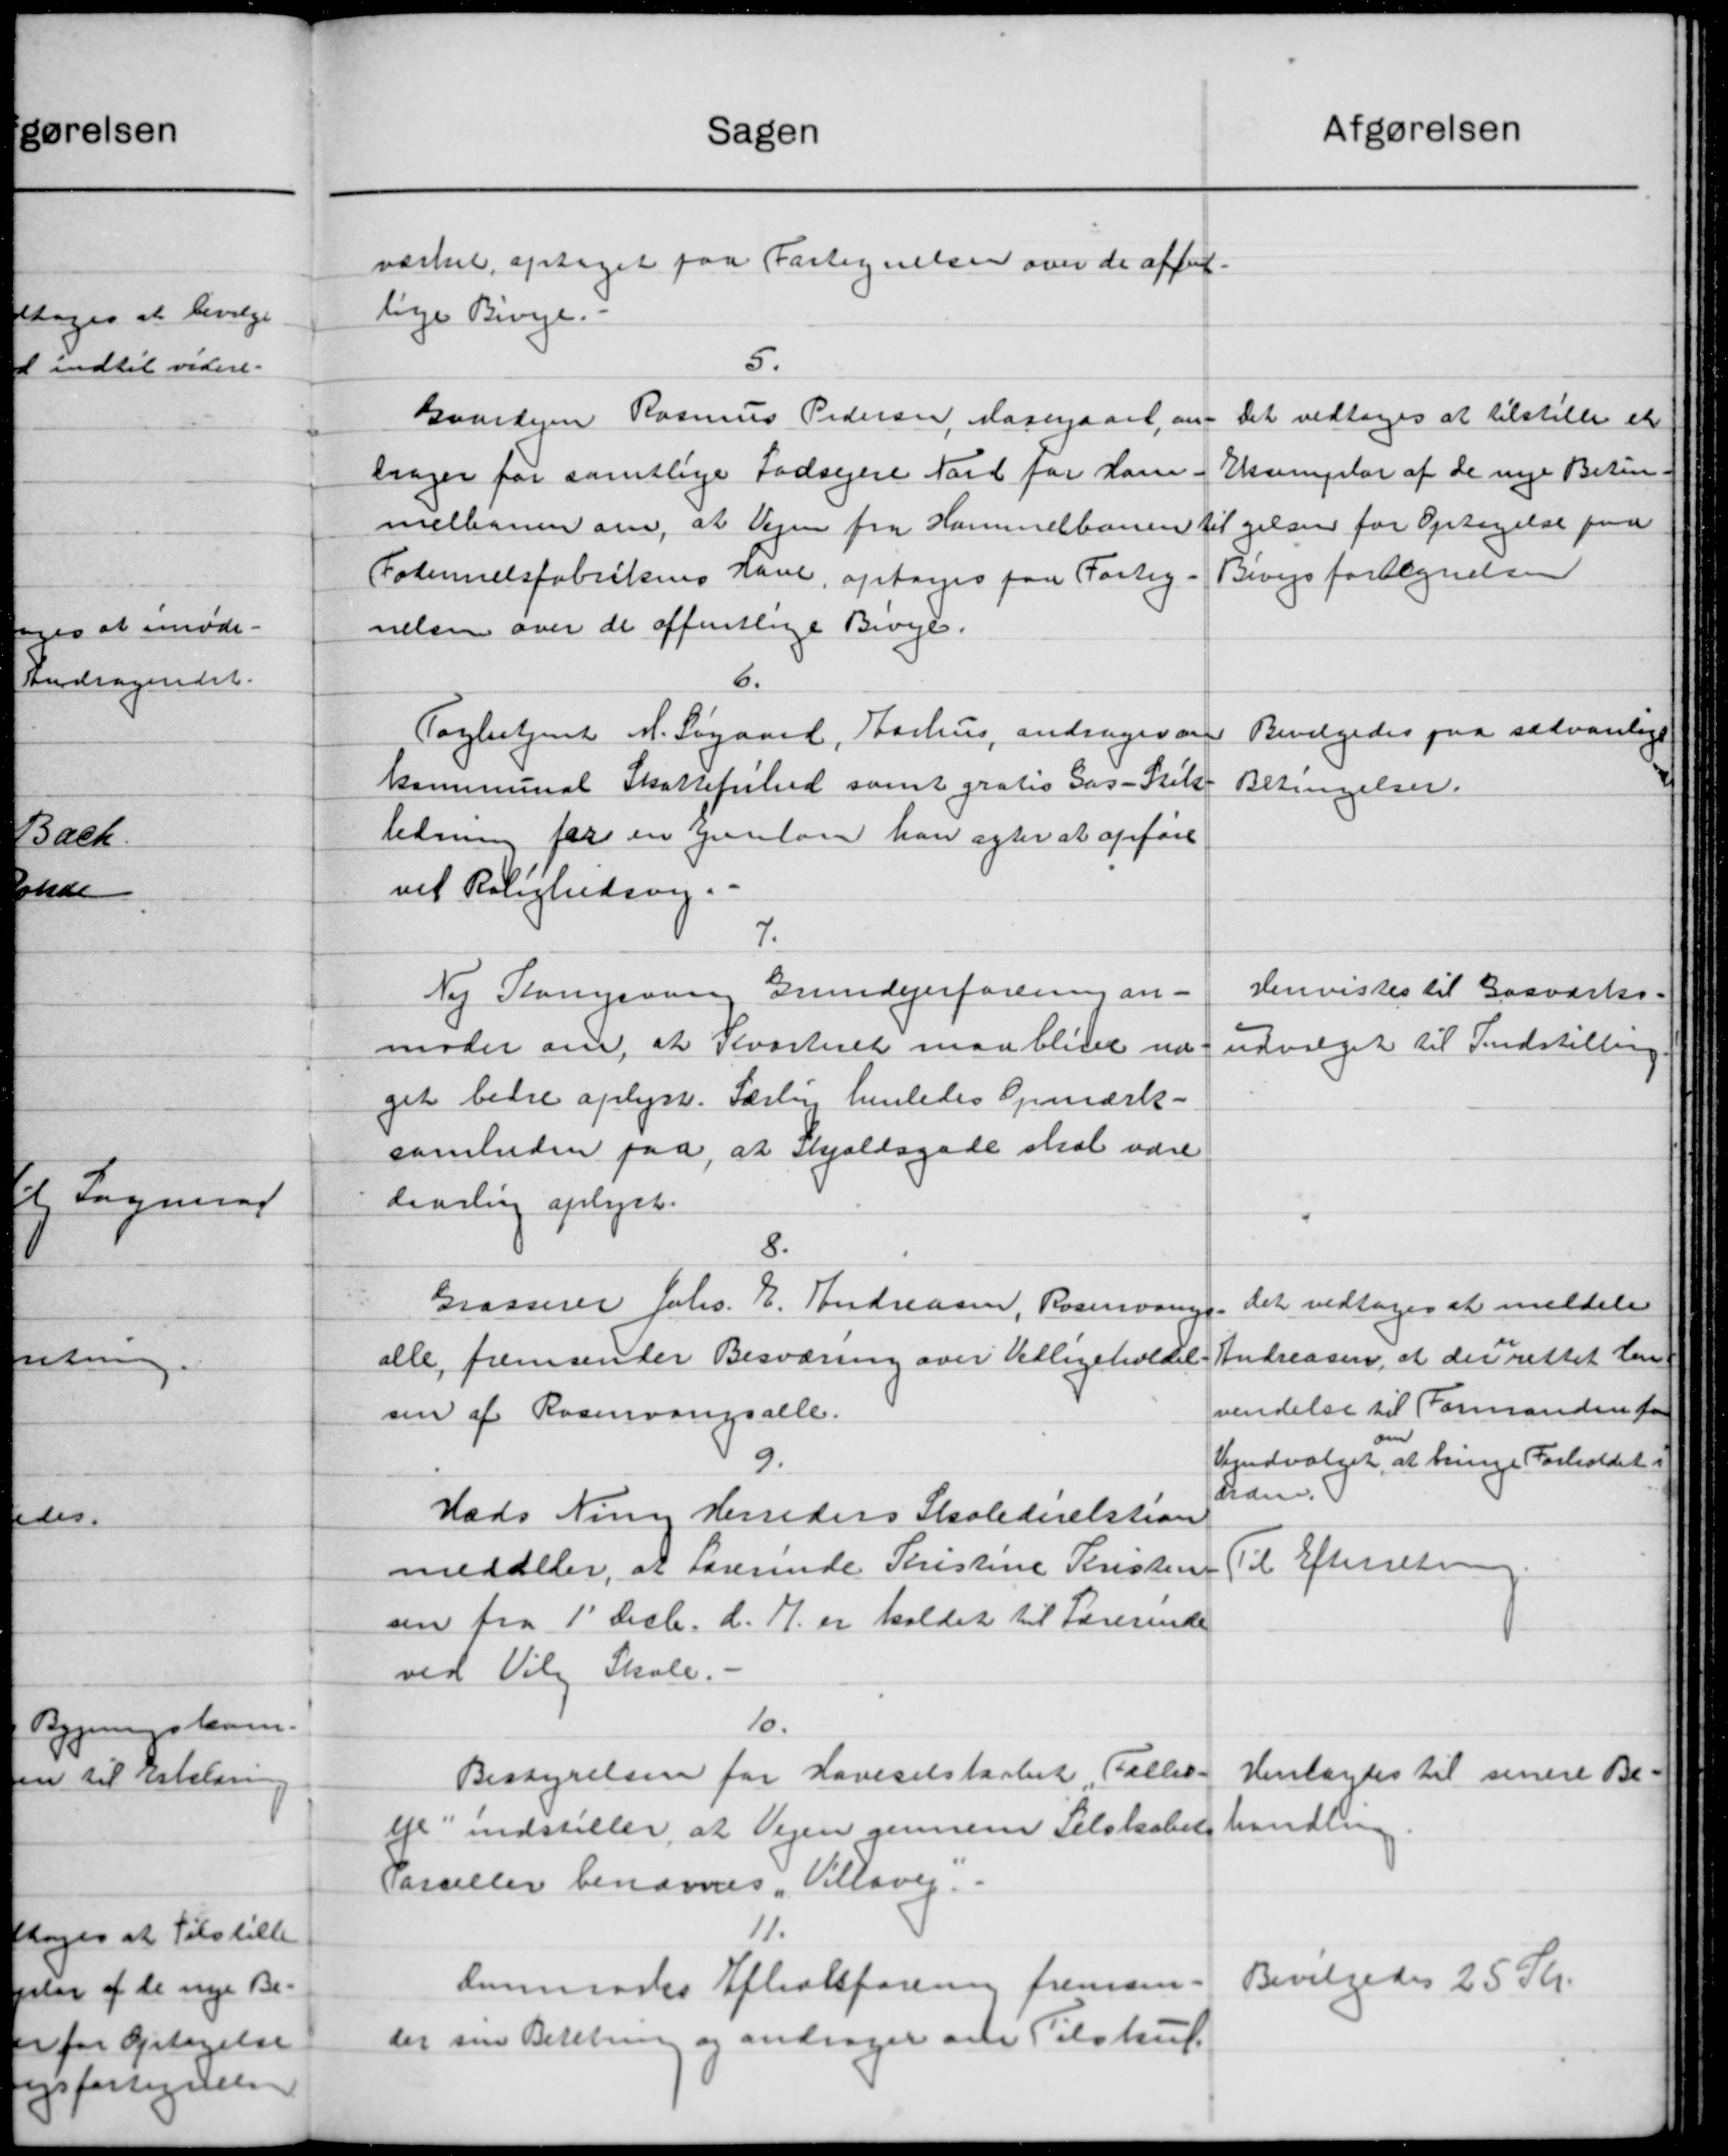
Transskription:
Afgørelsen
Sagen
værket, optaget paa Fortegnelsen over de affot.
lige Biveje.
5.
Det vedtoges at tilstille et
Gaardejen Rasmus Pedersen, Kasergaard, an
Eksemplar af de nye Betin-
drager for samtlige Lodsejere Nord for ham
til gelsen for Optagelse paa
mellemen om, at Vejen fra Hammelbanen
Bivejsfortegnelsen
Folselsfabrikens Have, optages paa Fortag
nelsen over de offentlige Biveje.
6.
Bevilgedes paa sædvanlige
Tagbestjent M. Søgaard, Aarhus, andrager om
kommunal Skattefrihed samt gratis Gas-Stil-
Betingelser.
ledning for en Gunløn han agter at opføre
vil Rolighedsvej.
7.
Henvistes til Gasværks-
Ny Kongevang Grundejerforening an-
moder om, at Kvarteret maa blive ud
udvalget til Indstilling
get bedre oplyst. Særlin henledes Opmærk-
samleden paa, at skjældsgade skal være
daarling oplyst.
8.
det vedtoges at meddele
Grasserer Johs. E. Andreasen, Rosenvange
Andreasen, at der rettet den
alle, fremsender Besværing over Vedligeholdel
vendelse til Formanden for
sen af Rosevangsalle.
Vejudvalget at bringe Forholdet.
9.
Eden.
Hads Ning Herreders Skoledirektion
Til Efterretning
meddeler, at Lærerinde Christine Penisten
sen fra 1' Decb. d. A. er kaldet til Lærerinde
ved Viby Skole. -
10.
Henlagdes til senere Be-
Bestyrelsen for Haveselskabet Fælles-
handling
eje indstiller, at Vejen gennem Selskabet
Parceller benævnes Villsvej.
11.
Bevilgedes 25 Kr.
demodes Aftalforening fremsen-
der sin Betaling og andrager om Tilskud